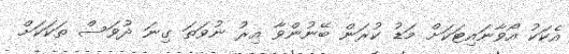
އެކަކު އޯވާނައިޓަކަށް މަޑު ކުރަން ބޭނުންވާ އިރު ނުވަތަ ގިނަ ދުވަސް ތަކަކަށް